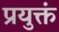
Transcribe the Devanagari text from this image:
प्रयुक्तं